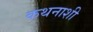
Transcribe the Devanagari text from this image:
कथनाशी